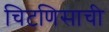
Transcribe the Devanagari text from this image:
चिटणिसाची